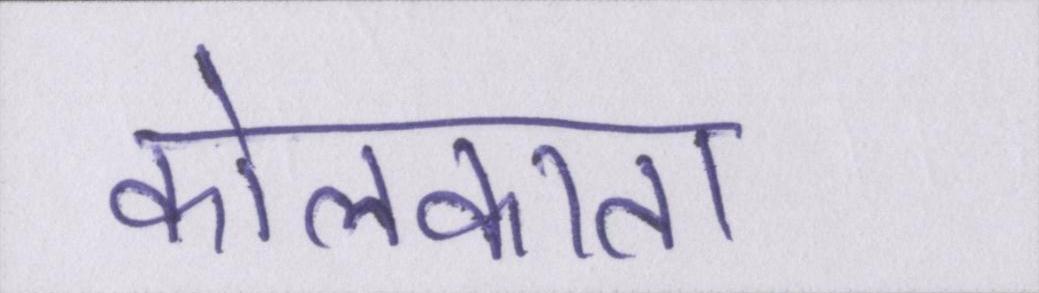
कोलकाता